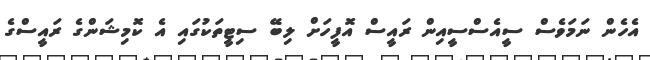
އެހެން ނަމަވެސް ސީއެސްސީއިން ރައީސް އޮފީހަށް ލިބޭ ސިޓީތަކުގައި އެ ކޮމިޝަންގެ ރައީސްގެ